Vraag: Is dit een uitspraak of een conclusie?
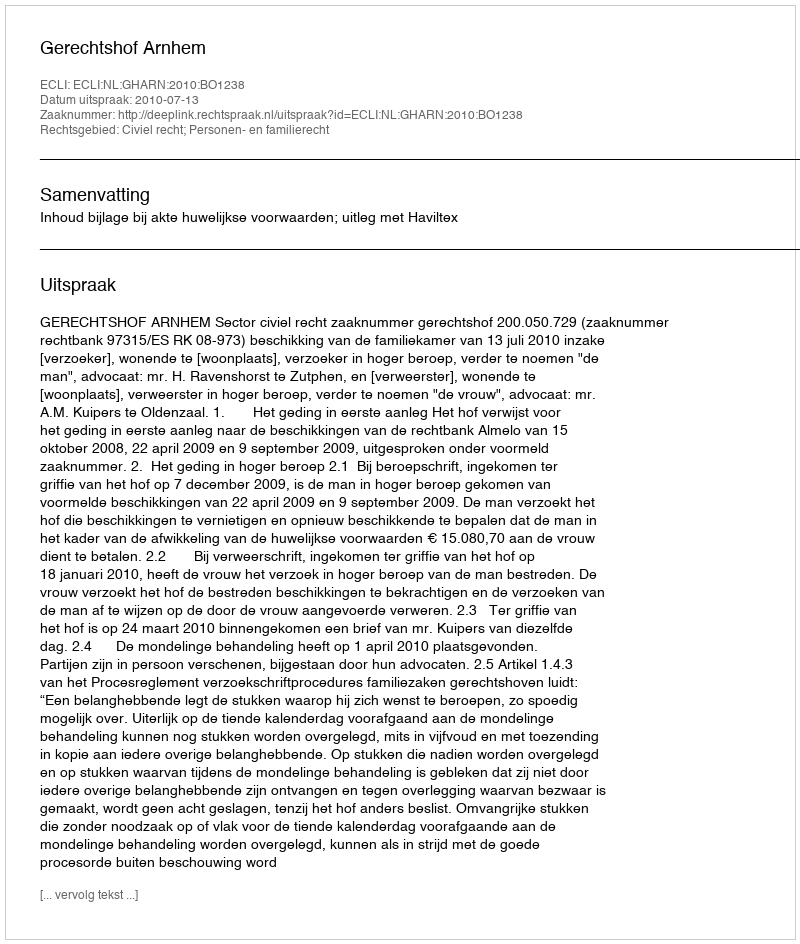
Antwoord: Uitspraak